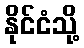
နိုင်ငံသို့